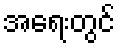
အရေးတွင်